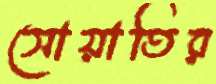
সোয়াতির